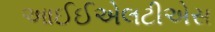
આઈઈએલટીએસ